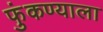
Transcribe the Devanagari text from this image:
फुंकण्याला